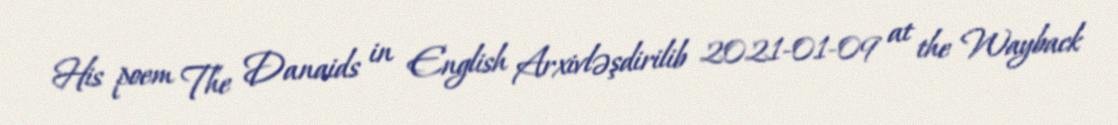
His poem The Danaids in English Arxivləşdirilib 2021-01-09 at the Wayback